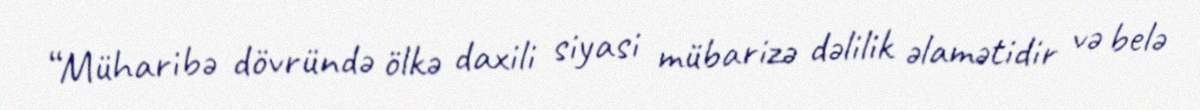
“Müharibə dövründə ölkə daxili siyasi mübarizə dəlilik əlamətidir və belə